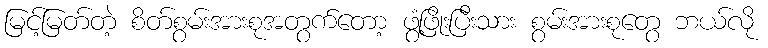
မြင့်မြတ်တဲ့ စိတ်စွမ်းအားစုအတွက်တော့ ဖွံ့ဖြိုးပြီးသား စွမ်းအားစုတွေ ဘယ်လို